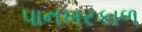
પાનખરકાળ